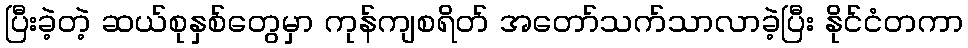
ပြီးခဲ့တဲ့ ဆယ်စုနှစ်တွေမှာ ကုန်ကျစရိတ် အတော်သက်သာလာခဲ့ပြီး နိုင်ငံတကာ